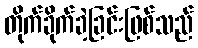
တိုက်ခိုက်ခဲ့ခြင်းဖြစ်သည်